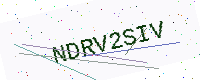
Text: NDRV2SIV